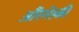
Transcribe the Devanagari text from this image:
औंरगेस्की